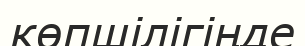
көпшілігіңде